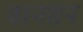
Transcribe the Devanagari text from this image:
वानसन